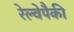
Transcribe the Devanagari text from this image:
रेल्वेपैकी